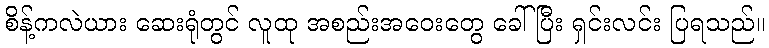
စိန့်ကလဲယား ဆေးရုံတွင် လူထု အစည်းအဝေးတွေ ခေါ်ပြီး ရှင်းလင်း ပြရသည်။